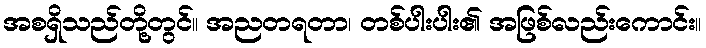
အစရှိသည်တို့တွင်။ အညတရတာ၊ တစ်ပါးပါး၏ အဖြစ်လည်းကောင်း။